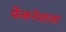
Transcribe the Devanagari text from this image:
फेंकनेवाला